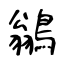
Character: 鶲